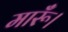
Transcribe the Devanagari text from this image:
मारूँ।